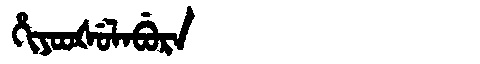
Manchu: ᡥᡳᠶᠣᠣᡧᡠᠯᠠᠪᡠᡵᠠ
Romanization: HIYOOŠULABURA